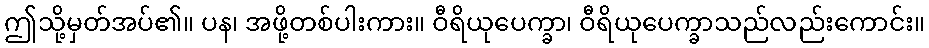
ဤသို့မှတ်အပ်၏။ ပန၊ အဖို့တစ်ပါးကား။ ဝီရိယုပေက္ခာ၊ ဝီရိယုပေက္ခာသည်လည်းကောင်း။